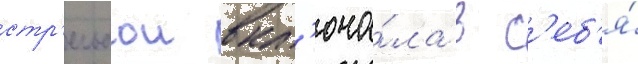
стр'ельбои вкл'юча́ла в с'еб'я́